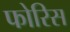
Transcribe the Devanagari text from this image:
फोरिस